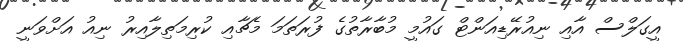
އީގަލްސް އާއި ނިއުރޭޑިއަންޓް ގައުމީ މުބާރާތުގެ ފުރަތަމަ މެޗާއި ކުރިމަތިލާއިރު ނިއު އަށްވަނީ